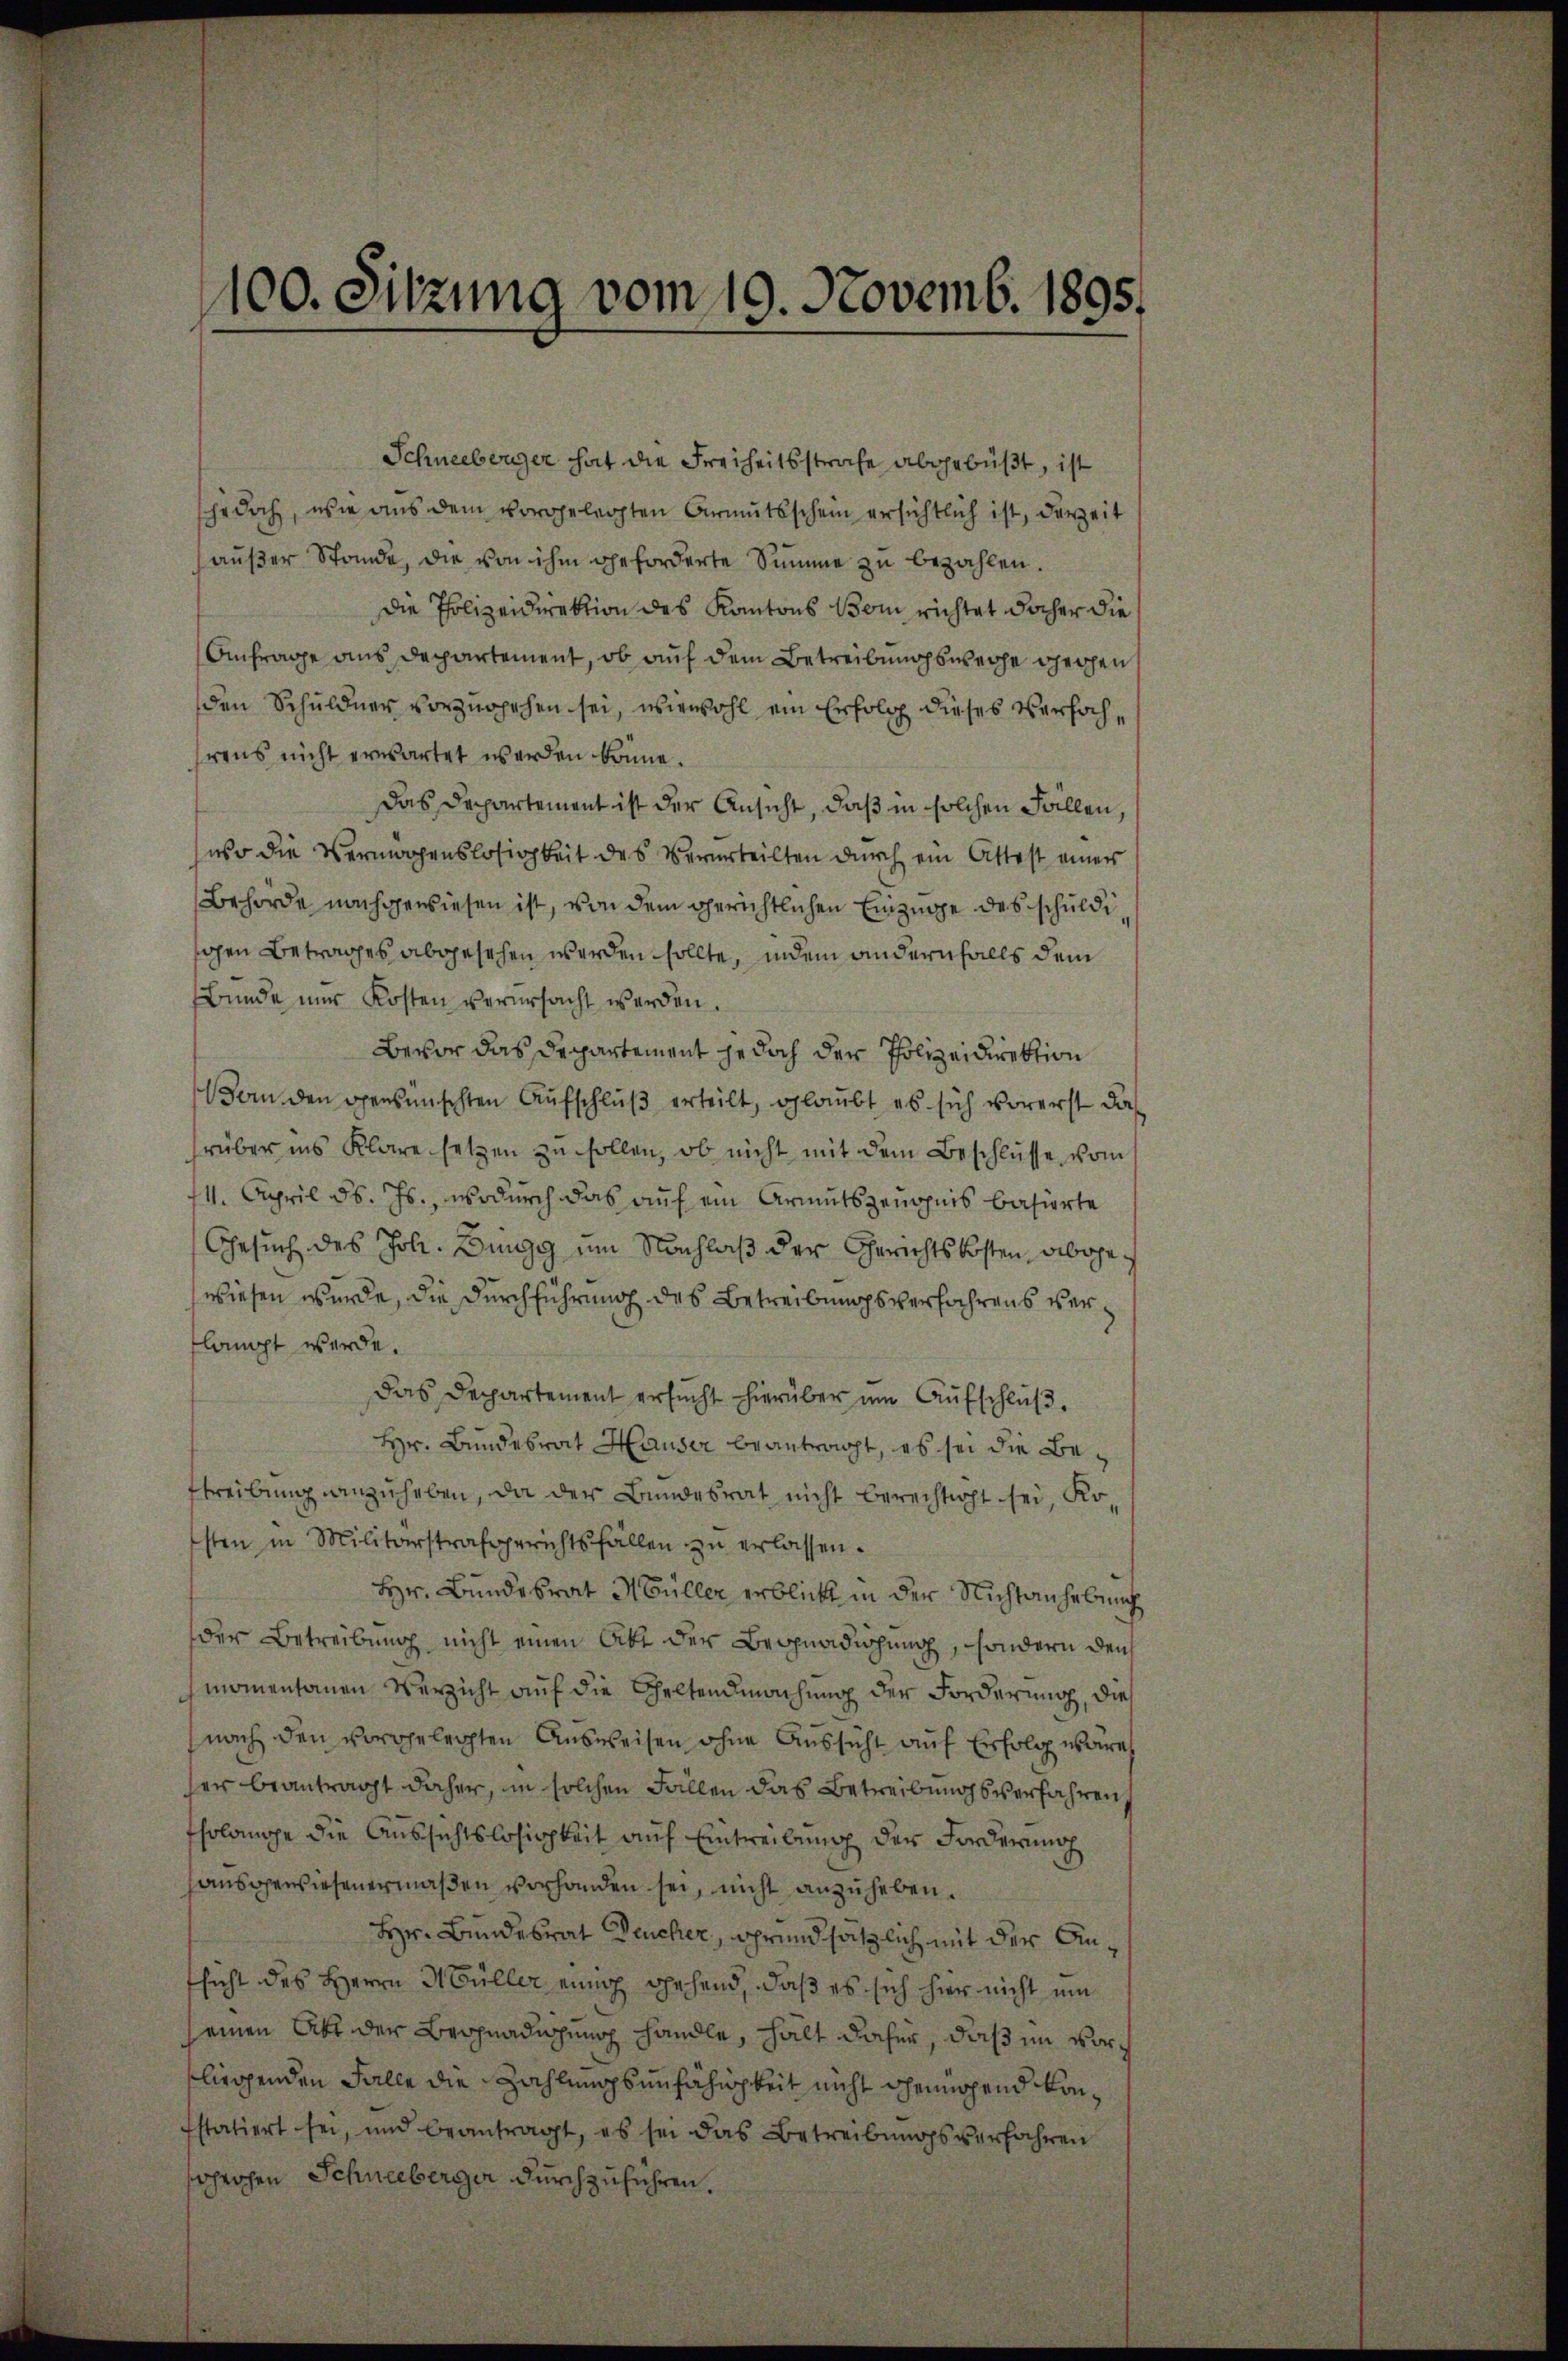
100. Sitzung vom 10. Novemb. 1895.
b

jedoch, wie aus dem vorgelegten Armutsschein ersichtlich ist, derzeit
aŭβer Stande, die von ihm geforderte Summe zu bezahlen.
Die Polizeidirektion des Kantons Bom richtet docher die
Anfrage aus Departement, ob auf dem Betreibungsweiche gechen
den Schuldner vorzugehen sei, wiewohl ein Erfolg dieses Verhöchhrens nicht erwartet werden könne.
Das Departement ist der Ansicht, daß in solchen Fällen,
uso die Vermögenslosigkeit des Verurteilten durch ein Attest einer
Behörde nachgewiesen ist, von dem gerichtlichen Einzüge des schuldi
schen Betrages abgesehen worden sollte, indem andernfalls dem
Bunde nur Kosten verursacht werden.
Bevor das Departement jedoch der Polizeidirektion
oin den gewünschten Aufschluß erteilt, glaubt es sich vorerst das
rüber ins Klare setzen zu sollen, ob nicht mit dem Beschlüsse vom
14. April d. Js., wodurch das auf ein Armutszeugnis basierte
Gesuch des Joh. Dingg um Nachlaß der Gerichtskosten, abgewiesen wurde, die Durchführung des Betreibungsverfahrens verlangt werde.
das Departement ersucht hierüber um Aufschluß.
Hr. Bundesrat Hauser beantragt, es sei die Bestreibung anzuheben, da der Bundesrat nicht berechtigt sei, Kosten in Militärstrafgerichtsfällen zu erlassen.
Hr. Bundesrat Müller erblickt in der Nichtanhebung
der Betreibung nicht einen Akt der Begnadigung, sondern den
momentanen Verzicht auf die Geltendmachung der Forderung, die
nach den vorgelegten Ausweisen ohne Aussicht auf Erfolg wäre
ser beantragt daher, in solchen Fallen das Betreibungsverfahren,
tsolange die Aussichtslosigkeit auf Eintreibung der Forderung
sausgewiesenermaßen vorhanden sei, nicht anzuheben.
Hr. Bundesrat Deucher, Grundsätzlich mit der Anfsicht des Herrn Müller einig gehend, daß es sich hier nicht ein
einen Akt der Begnadigung handle, halt daher, daß im vorliegenden Falle die Zahlungsunfähigkeit nicht genügend konfstatiert sei, und beantragt, es sei das Betreibungsverfahren
soheichen Schneeberger durchzuführen.

Schneeberger hat die Freiheitsstrafe abgebüßt, ist